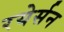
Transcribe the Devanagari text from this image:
रयेर्सन